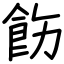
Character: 飭